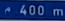
400 m